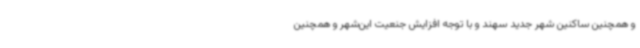
و همچنین ساکنین شهر جدید سهند و با توجه افزایش جنعیت این‌شهر و همچنین